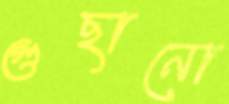
গুছানো